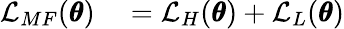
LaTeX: \begin{array}{rl}{\mathcal{L}_{MF}(\pmb{\theta})}&{{}=\mathcal{L}_{H}(\pmb{\theta})+\mathcal{L}_{L}(\pmb{\theta})}\end{array}